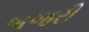
બજરી